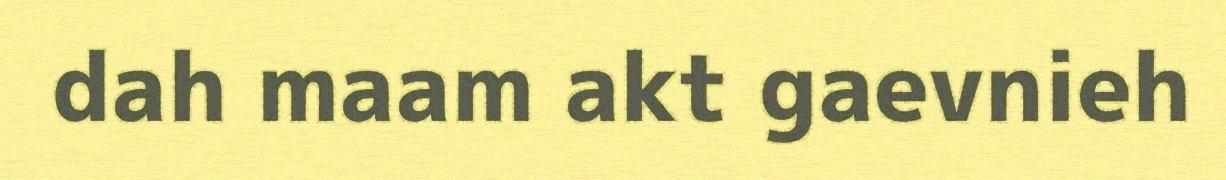
dah maam akt gaevnieh